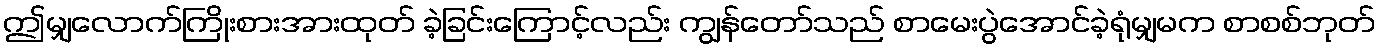
ဤမျှလောက်ကြိုးစားအားထုတ် ခဲ့ခြင်းကြောင့်လည်း ကျွန်တော်သည် စာမေးပွဲအောင်ခဲ့ရုံမျှမက စာစစ်ဘုတ်